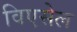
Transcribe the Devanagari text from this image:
विएसेल